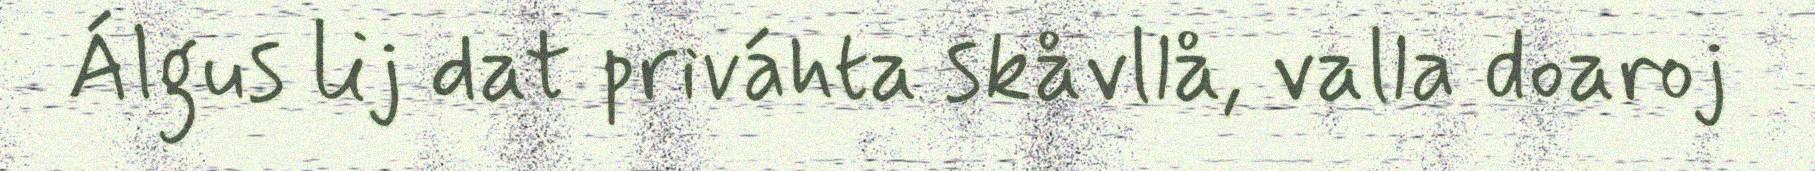
Álgus lij dat priváhta skåvllå, valla doaroj